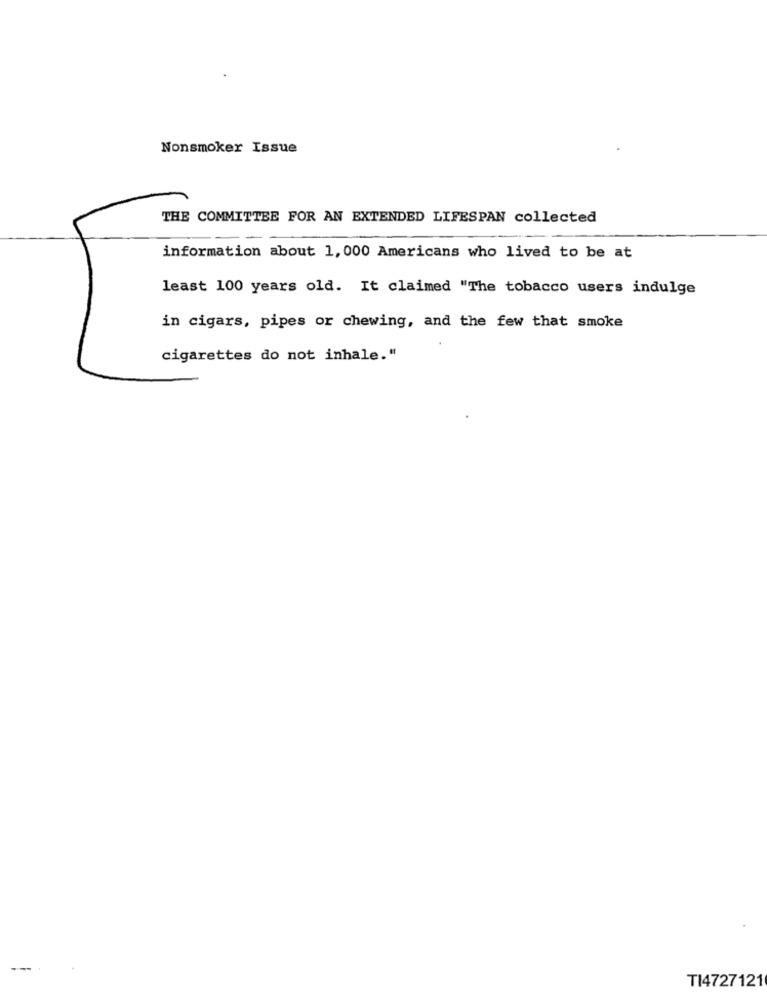
Nonsmoker Issue
THE COMMITTEE FOR AN EXTENDED LIFESPAN collected
information about 1, 000 Americans who lived to be at
least 100 years old. It claimed "The tobacco users indulge
in cigars, pipes or chewing, and the few that smoke
cigarettes do not inhale."
TI4727121